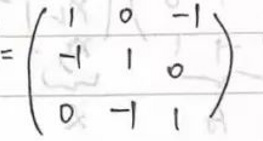
\(= \begin{pmatrix}
1 & 0 & -1 \\
-1 & 1 & 0 \\
0 & -1 & 1
\end{pmatrix}\)